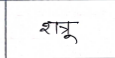
मजकूर: शत्रू